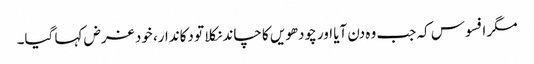
مگر افسوس کہ جب وہ دن آیا اور چودھویں کا چاند نکلا تو دکاندار، خود غرض کہا گیا۔